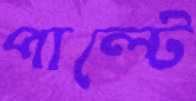
পাল্টে